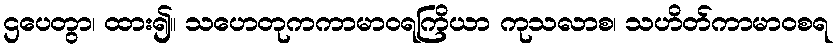
ဌပေတွာ၊ ထား၍။ သဟေတုကကာမာဝရကြိယာ ကုသလာစ၊ သဟိတ်ကာမာဝစရ